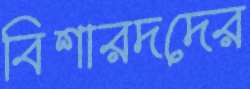
বিশারদদের